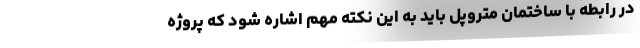
در رابطه با ساختمان متروپل باید به این نکته مهم اشاره شود که پروژه